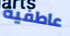
عاطفية